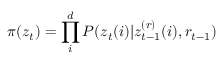
\pi ( \boldsymbol { z } _ { t } ) = \prod _ { i } ^ { d } P ( \boldsymbol { z } _ { t } ( i ) | \boldsymbol { z } _ { t - 1 } ^ { ( r ) } ( i ) , r _ { t - 1 } )